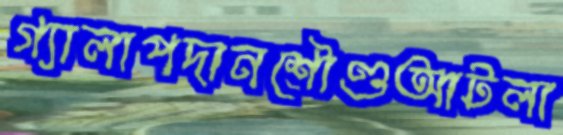
গ্যালাপদানশৌণ্ডআটলা